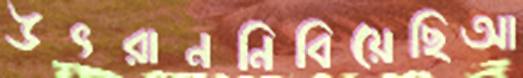
উৎরাননিবিয়েছিআ